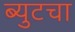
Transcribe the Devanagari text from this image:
ब्युटचा